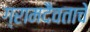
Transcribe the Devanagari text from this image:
ग्रामदैवताचे